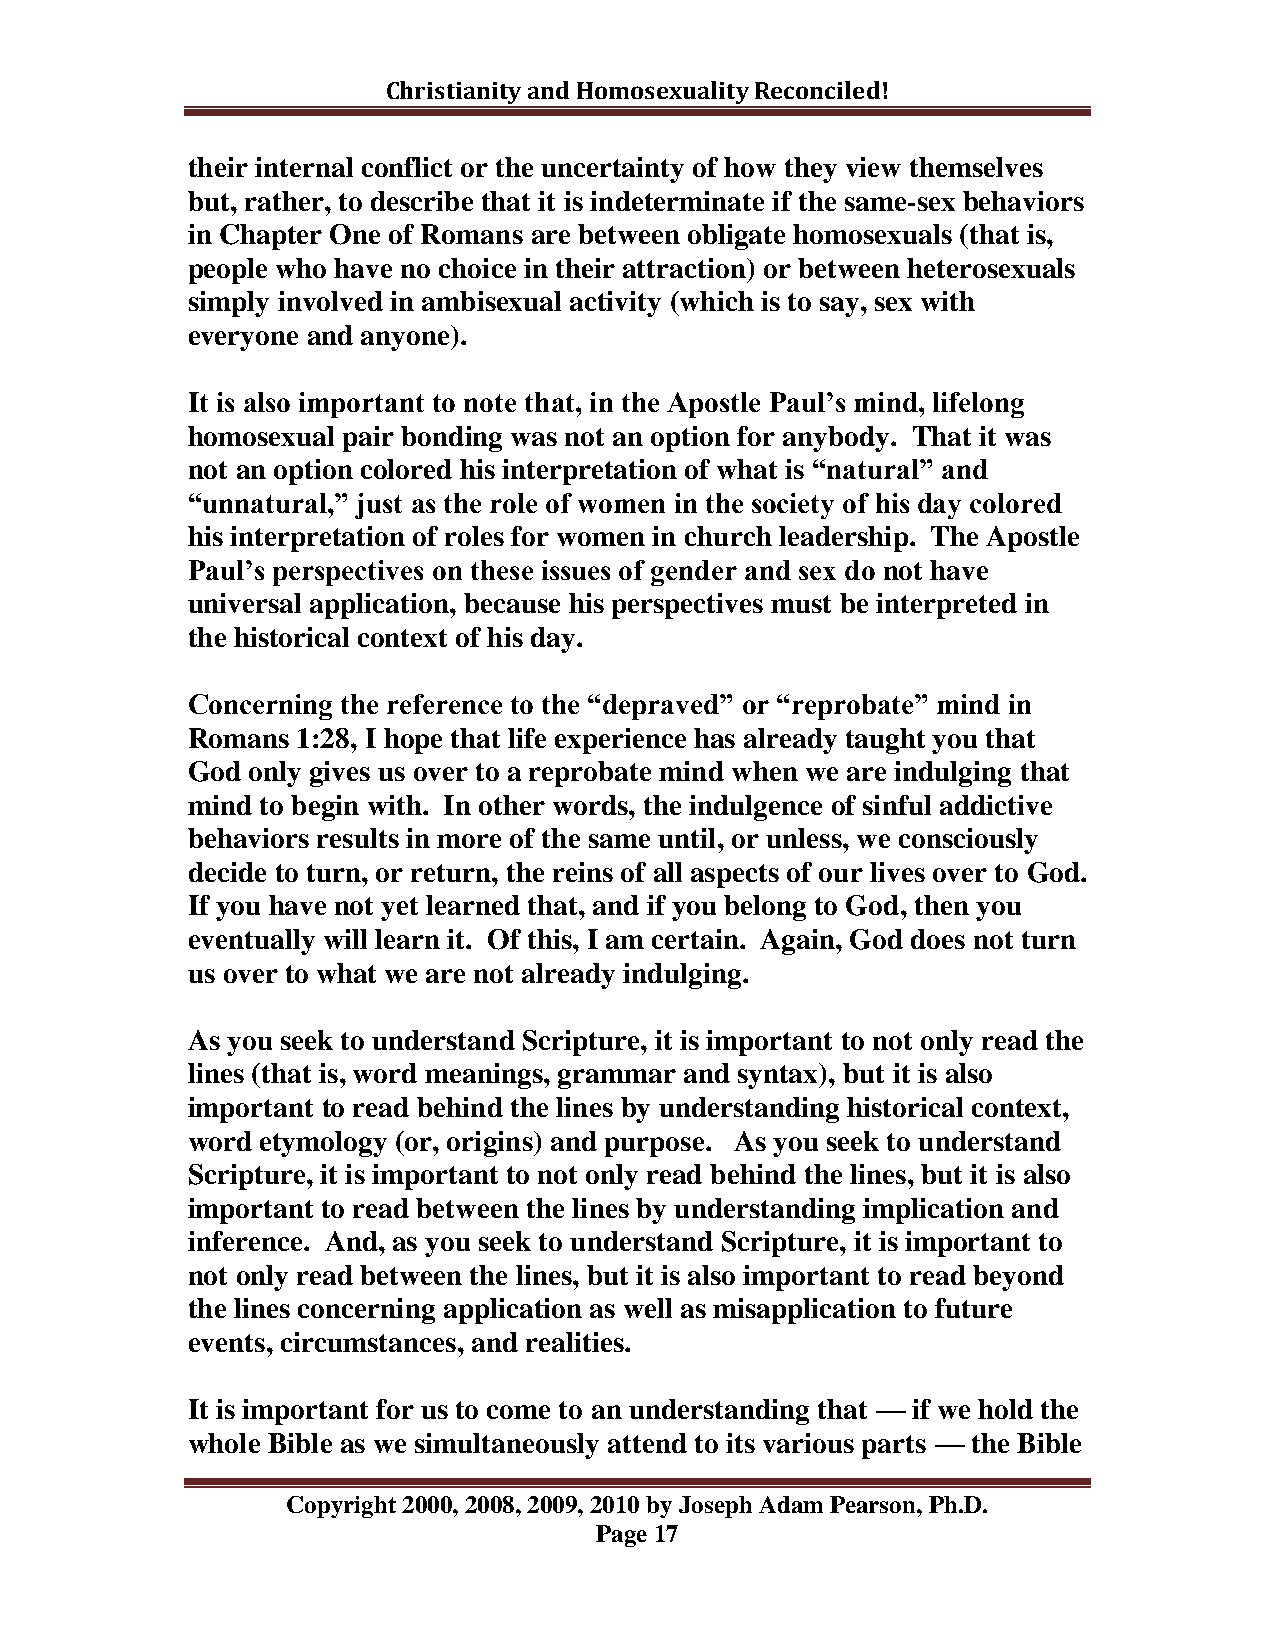
Christianity and Homosexuality Reconciled!
 their internal conflict or the uncertainty of how they view themselves
 but, rather, to describe that it is indeterminate if the same-sex behaviors
 in Chapter One of Romans are between obligate homosexuals (that is,
 people who have no choice in their attraction) or between heterosexuals
 simply involved in ambisexual activity (which is to say, sex with
 everyone and anyone).
 It is also important to note that, in the Apostle Paul‟s mind, lifelong
 homosexual pair bonding was not an option for anybody. That it was
 not an option colored his interpretation of what is “natural” and
 “unnatural,” just as the role of women in the society of his day colored
 his interpretation of roles for women in church leadership. The Apostle
 Paul‟s perspectives on these issues of gender and sex do not have
 universal application, because his perspectives must be interpreted in
 the historical context of his day.
 Concerning the reference to the “depraved” or “reprobate” mind in
 Romans  1:28, I hope that life experience has already taught you that
 God only gives us over to a reprobate mind when we are indulging that
 mind to begin with. In other words, the indulgence of sinful addictive
 behaviors results in more of the same until, or unless, we consciously
 decide to turn, or return, the reins of all aspects of our lives over to God.
 If you have not yet learned that, and if you belong to God, then you
 eventually will learn it. Of this, I am certain. Again, God does not turn
 us over to what we are not already indulging.
 As you seek to understand Scripture, it is important to not only read the
 lines (that is, word meanings, grammar and syntax), but it is also
 important to read behind the lines by understanding historical context,
 word etymology (or, origins) and purpose. As you seek to understand
 Scripture, it is important to not only read behind the lines, but it is also
 important to read between the lines by understanding implication and
 inference. And, as you seek to understand Scripture, it is important to
 not only read between the lines, but it is also important to read beyond
 the lines concerning application as well as misapplication to future
 events, circumstances, and realities.
 It is important for us to come to an understanding that — if we hold the
 whole Bible as we simultaneously attend to its various parts — the Bible
 Copyright 2000, 2008, 2009, 2010 by Joseph Adam Pearson, Ph.D.
 Page 17